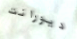
ديورانت